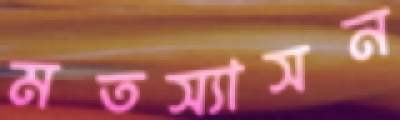
মতস্যাসন